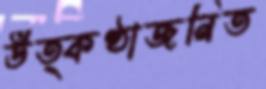
উত্কণ্ঠাজনিত